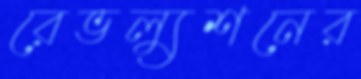
রেভল্যুশনের